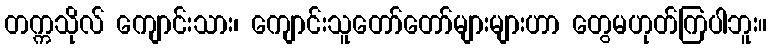
တက္ကသိုလ် ကျောင်းသား၊ ကျောင်းသူတော်တော်များများဟာ တွေမဟုတ်ကြပါဘူး။